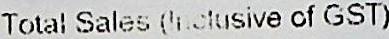
TOTAL SALES (INCLUSIVE OF GST)